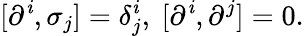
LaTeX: [\partial^{\mathit{i}},\sigma_{j}]=\delta_{j}^{\mathit{i}},~[\partial^{\mathit{i}},\partial^{j}]=0.